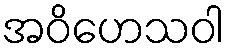
အဝိဟေသဝါ